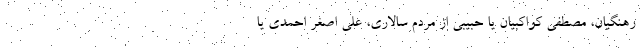
رهنگیان، مصطفی کواکبیان یا حبیبی از مردم سالاری، علی اصغر احمدی یا